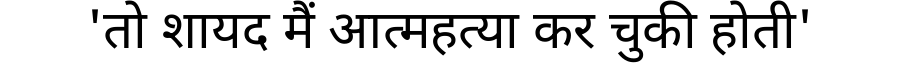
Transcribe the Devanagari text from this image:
'तो शायद मैं आत्महत्या कर चुकी होती'